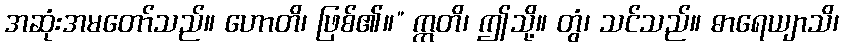
အဆုံးအမတော်သည်။ ဟောတိ၊ ဖြစ်၏။” ဣတိ၊ ဤသို့။ တွံ၊ သင်သည်။ ဓာရေယျာသိ၊